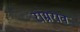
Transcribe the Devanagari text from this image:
राम्रराव